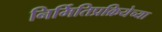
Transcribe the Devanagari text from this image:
निर्मितिप्रक्रियेच्या